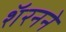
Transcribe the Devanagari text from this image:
शॅरनने